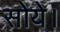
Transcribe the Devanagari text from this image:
सोये।